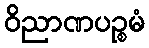
ဝိညာဏပဉ္စမံ